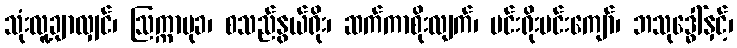
သုံးလူ့ချာလျှင်၊ ဩက္ကာမုခ၊ စသည်နွယ်ရိုး၊ ဆက်ကာစိုးလျက်၊ မင်းရိုးမင်းကျော်၊ ဘသုဒ္ဓေါ်နှင့်၊